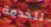
للخدمة